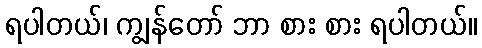
ရပါတယ်၊ ကျွန်တော် ဘာ စား စား ရပါတယ်။